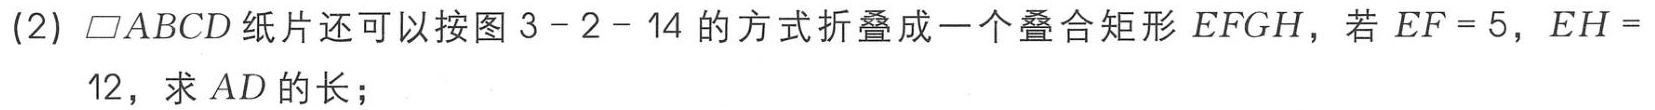
(2) $\parallelogram ABCD$纸片还可以按图3 - 2 - 14的方式折叠成一个叠合矩形$EFGH$，若$EF = 5$，$EH = 12$，求$AD$的长；